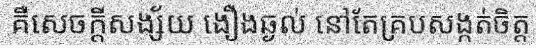
គឺសេចក្តីសង្ស័យ ងឿងឆ្ងល់ នៅតែគ្របសង្កត់ចិត្ត